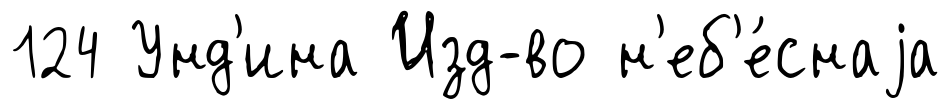
124 Унд'ина Изд-во н'еб'е́снаjа